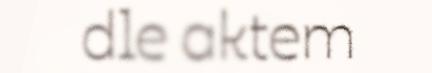
dle aktem